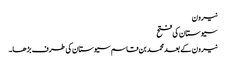
نیرون
سیوستان کی فتح
نیرون کے بعد محمد بن قاسم سیوستان کی طرف بڑھا۔